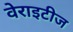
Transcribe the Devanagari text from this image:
वेराइटीज